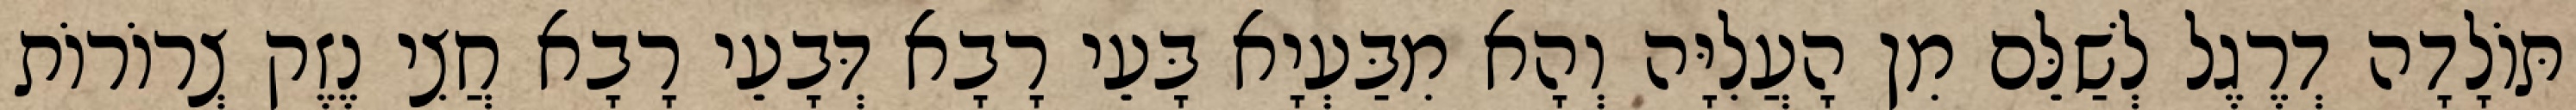
תּוֹלָדָה דְרֶגֶל לְשַׁלֵּם מִן הָעֲלִיָּה וְהָא מִבַּעְיָא בָּעֵי רָבָא דְּבָעֵי רָבָא חֲצִי נֶזֶק צְרוֹרוֹת